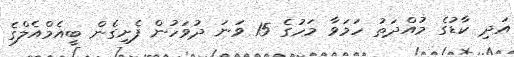
އަދި ކާޑުގެ މުއްދަތު ހަމަވާ މަހުގެ 15 ވަނަ ދުވަހުން ފެށިގެން ބީއެމްއެލްގެ